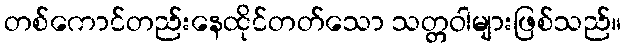
တစ်ကောင်တည်းနေထိုင်တတ်သော သတ္တဝါများဖြစ်သည်။